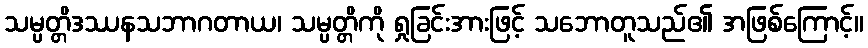
သမ္ပတ္တိဒဿနသဘာဂတာယ၊ သမ္ပတ္တိကို ရှုခြင်းအားဖြင့် သဘောတူသည်၏ အဖြစ်ကြောင့်။